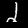
Digit: 2